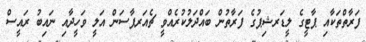
ފަރާތްތަކާއި ޕާޓީގެ ލީޑަރޝިޕުގެ ފަރާތުން ބައްދަލުކުރެއްވީ ޗެއަރޕާސަން އަލީ ވަހީދާއި ނައިބު ރައީސް